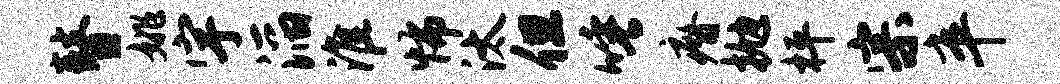
瞽姚宇滔淮怖汰但唾瘠抛枰宗卒